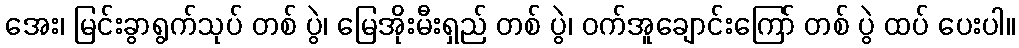
အေး၊ မြင်းခွာရွက်သုပ် တစ် ပွဲ၊ မြေအိုးမီးရှည် တစ် ပွဲ၊ ဝက်အူချောင်းကြော် တစ် ပွဲ ထပ် ပေးပါ။